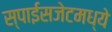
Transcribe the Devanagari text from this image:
स्पाईसजेटमध्ये